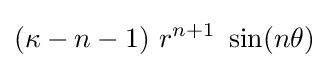
(\kappa -n-1)~r^{n+1}~\sin(n\theta )